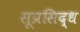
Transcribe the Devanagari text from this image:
सूप्रसिद्ध